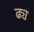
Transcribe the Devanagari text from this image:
ढ्य